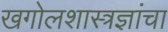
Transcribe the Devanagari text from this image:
खगोलशास्त्रज्ञांचा